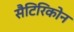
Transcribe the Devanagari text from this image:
सैटिरिकोन